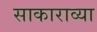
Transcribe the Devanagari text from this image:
साकाराव्या